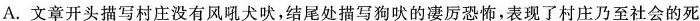
A. 文章开头描写村庄没有风吼犬吠，结尾处描写狗吠的凄厉恐怖，，表现了村庄乃至社会的死